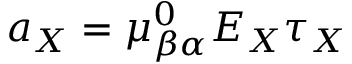
a _ { X } = \mu _ { \beta \alpha } ^ { 0 } E _ { X } \tau _ { X }